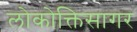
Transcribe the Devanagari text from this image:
लोकोक्तिसागर